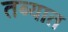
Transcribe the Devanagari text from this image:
तब्यात